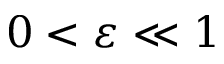
0 < \varepsilon \ll 1